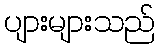
ပျားများသည်